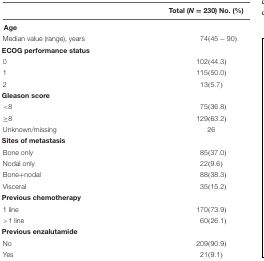
|  | Total (N = 230) No. (%) |
 | --- | --- |
 | <COLSPAN=2> Age |
 | Median value (range), years | 74 (45-90) |
 | <COLSPAN=2> ECOG performance status |
 | 0 | 102 (44.3) |
 | 1 | 115 (50.0) |
 | 2 | 13 (5.7) |
 | <COLSPAN=2> Gleason score |
 | <8 | 75 (36.8) |
 | ≥8 | 129 (63.2) |
 | Unknown/missing | 26 |
 | <COLSPAN=2> Sites of metastasis |
 | Bone only | 85 (37.0) |
 | Nodal only | 22 (9.6) |
 | Bone+nodal | 88 (38.3) |
 | Visceral | 35 (15.2) |
 | <COLSPAN=2> Previous chemotherapy |
 | 1 line | 170 (73.9) |
 | >1 line | 60 (26.1) |
 | <COLSPAN=2> Previous enzalutamide |
 | No | 209 (90.9) |
 | Yes | 21 (9.1) |